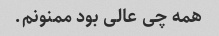
همه چی عالی بود ممنونم.